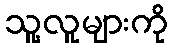
သူ့လူများကို